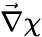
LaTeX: \vec{\nabla}\chi